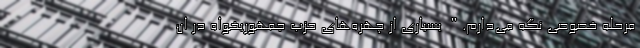
مرحله خصوصی نگه می‌دارم." بسیاری از چهره‌های حزب جمهوریخواه در ان